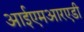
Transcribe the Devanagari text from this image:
आईएमआरएडी